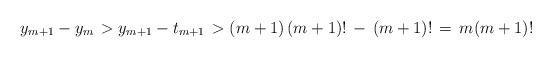
LaTeX: \begin{align*}y_{m+1}-y_m \, > y_{m+1}-t_{m+1}\, > (m+1)\,(m+1)!\,-\,(m+1)!\,=\,m(m+1)!\end{align*}